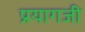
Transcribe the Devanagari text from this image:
प्रयागजी